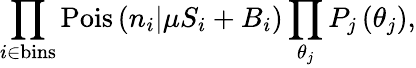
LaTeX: \prod_{i\in\mathrm{bins}}\mathrm{Pois}\left(n_{i}|\mu S_{i}+B_{i}\right)\prod_{\theta_{j}}P_{j}\left(\theta_{j}\right),